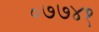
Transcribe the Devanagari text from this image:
०७७४१